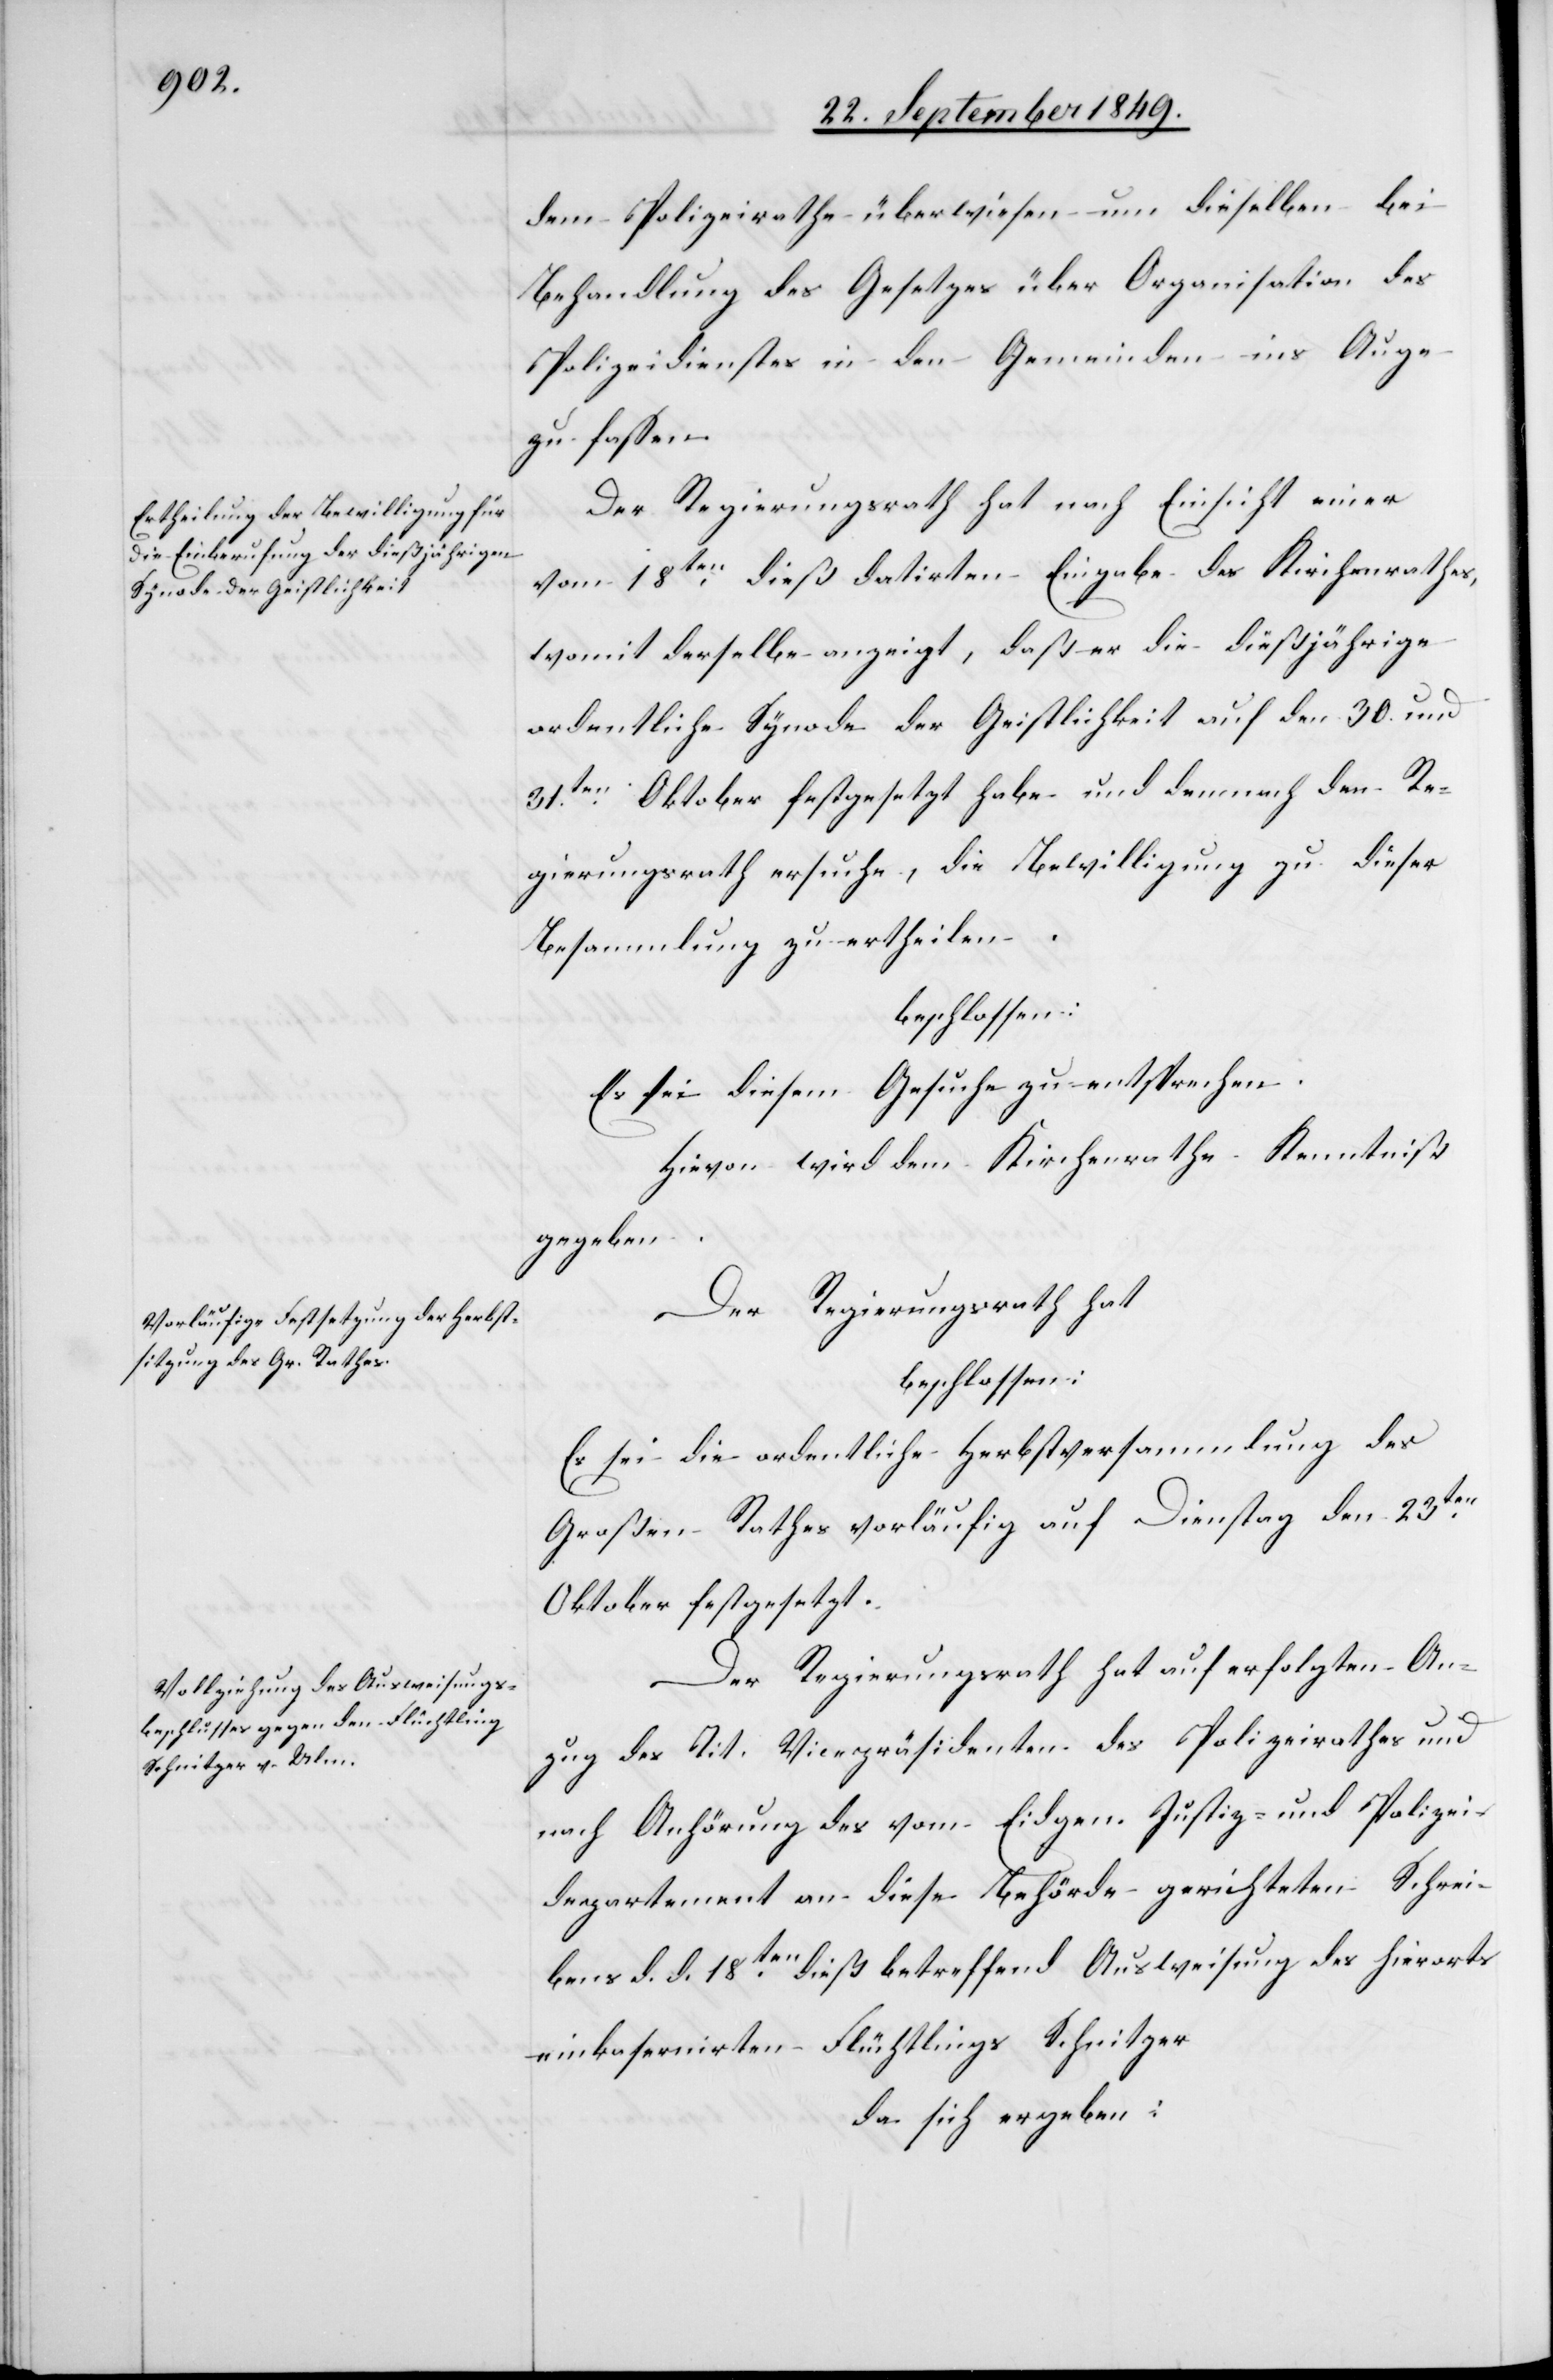
dem Polizeirathe überwiesen um dieselben bei
Behandlung des Gesetzes über Organisation des
Polizeidienstes in den Gemeinden ins Auge
zu fassen.
Der Regierungsrath hat nach Einsicht einer
vom 18ten dieß datirten Eingabe des Kirchenrathes,
womit derselbe anzeigt, daß er die dießjährige
ordentliche Synode der Geistlichkeit auf den 30. und
31ten Oktober festgesetzt habe und demnach dem Re¬
gierungsrath ersuche, die Bewilligung zu dieser
Besammlung zu ertheilen.
beschlossen:
Es sei diesem Gesuche zu entsprechen:
Hievon wird dem Kirchenrathe Kenntniß
gegeben.
Der Regierungsrath hat
beschlossen:
Es sei die ordentliche Herbstversammlung des
Großen Rathes vorläufig auf Dienstag den 23ten
Oktober festgesetzt.
Der Regierungsrath hat auf erfolgten An¬
zug des Tit. Vicepräsidenten des Polizeirathes und
nach Anhörung des vom Eidgen. Justiz- und Polizei¬
departement an diese Behörde gerichteten Schrei¬
bens d. d. 18ten dieß betreffend Ausweisung des hierorts
einkasernirten Flüchtlings Schnitzer
da sich ergeben: